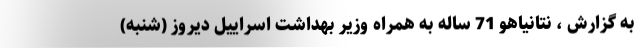
به گزارش ، نتانیاهو 71 ساله به همراه وزیر بهداشت اسراییل دیروز (شنبه)